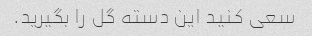
سعی کنید این دسته گل را بگیرید.